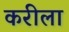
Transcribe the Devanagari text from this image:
करीला